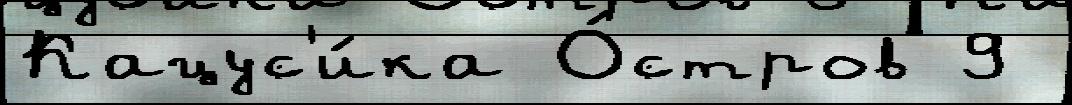
Кацус'и́ка О́стров 9